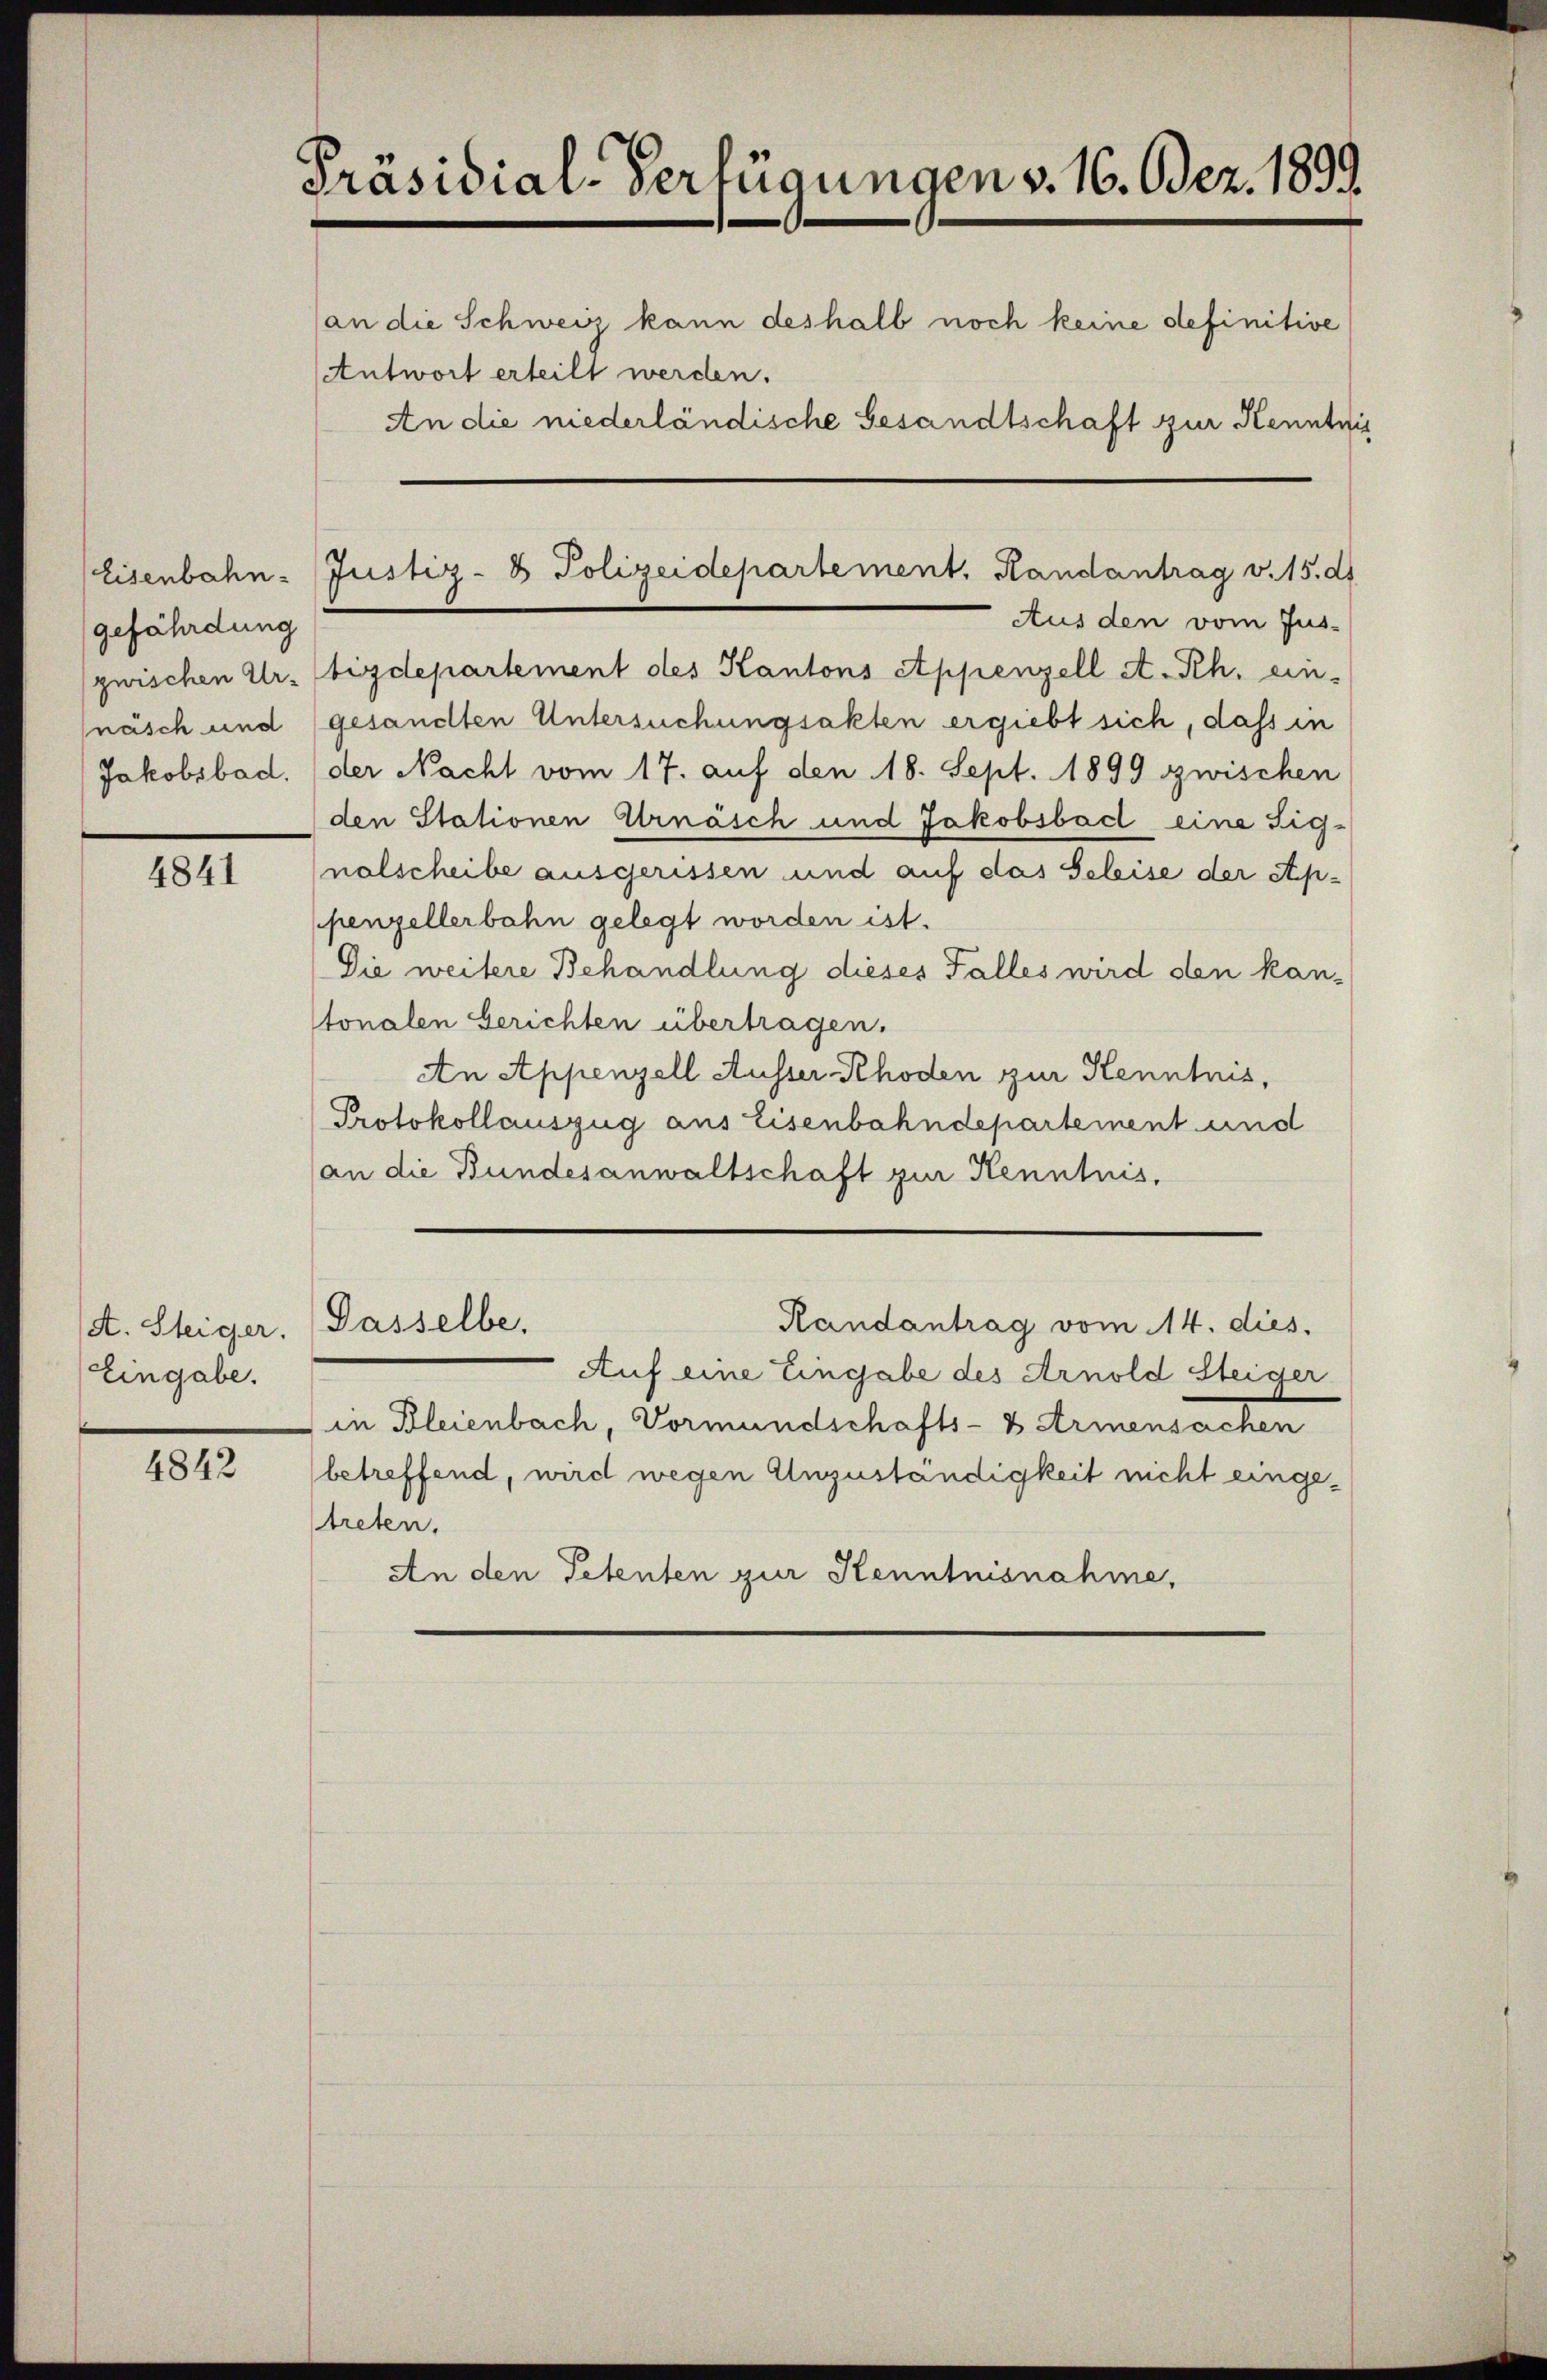
gefährdung
Jakobsbad.

4841

A. Steiger.
Eingabe.

4842

Präsidial-Verfügungen v. 16. Bez. 1899.
(an die Schweiz kann deshalb noch keine definitive
Antwort erteilt werden.
An die niederländische Gesandtschaft zur Kenntnis

Aus den vom Jus-
guischen Ur- bizdepartement des Kantons Appenzell A.-Rh. ein-
näsch und (gesandten Untersuchungsakten ergiebt sich, dass in
der Nacht vom 17. auf den 18. Sept. 1899 zwischen
den Stationen Urnäsch und Jakobsbad eine Sig-
nalscheibe ausgerissen und auf das Geleise der Ap-
penzellerbahn gelegt worden ist.
Die weitere Behandlung dieses Falles wird den kan-
tonalen Gerichten übertragen.
An Appenzell Ausser Rhoden zur Kenntnis,
Protokollauszug aus Eisenbahndepartement und
(an die Bundesanwaltschaft zur Kenntnis,

Eisenbahn-Justiz- & Polizeidepartement. Handantrag v. 15. ds

Auf eine Eingabe des Arnold Steiger
in Bleienbach, Vormundschafts- & Armensachen
(betreffend, wird wegen Unzuständigkeit nicht eingetreten.
An den Petenten zur Kenntnisnahme,

Dasselbe.
Randantrag vom 14. dies.